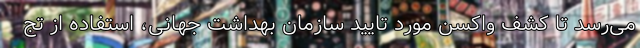
می‌رسد تا کشف واکسن مورد تایید سازمان بهداشت جهانی، استفاده از تج